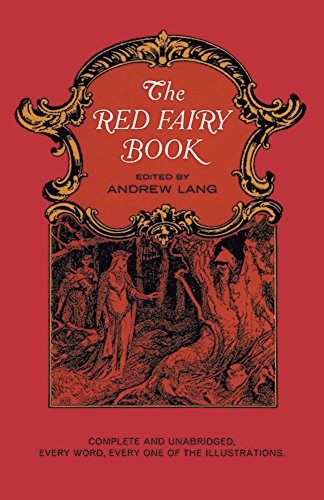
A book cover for The Red Fairy Book (Dover Children's Classics); Literature & Fiction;